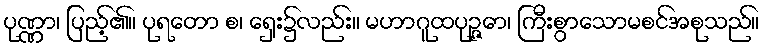
ပုဏ္ဏာ၊ ပြည့်၏။ ပုရတော စ၊ ရှေး၌လည်း။ မဟာဂူထပုဉ္ဇော၊ ကြီးစွာသောမစင်အစုသည်။